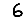
Digit: 6